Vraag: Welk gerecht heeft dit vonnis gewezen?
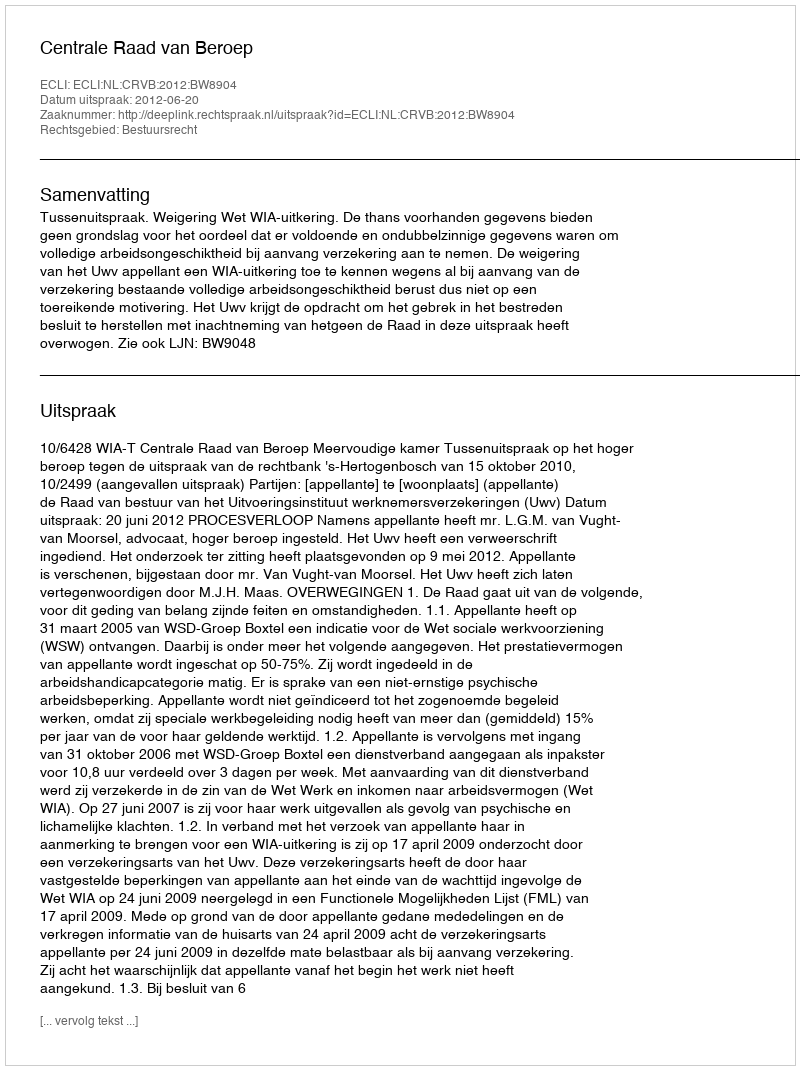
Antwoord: Centrale Raad van Beroep